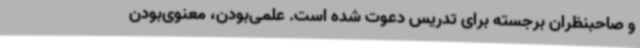
و صاحبنظران برجسته برای تدریس دعوت شده است. علمی‌بودن، معنوی‌بودن